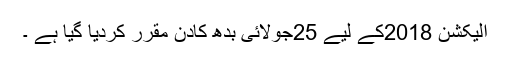
الیکشن 2018کے لیے 25جولائی بدھ کادن مقرر کردیا گیا ہے ۔